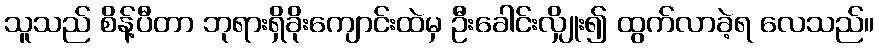
သူသည် စိန့်ပီတာ ဘုရားရှိခိုးကျောင်းထဲမှ ဦးခေါင်းလျှိုး၍ ထွက်လာခဲ့ရ လေသည်။